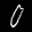
Label: 0